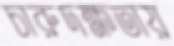
চারুদক্ষতায়